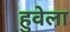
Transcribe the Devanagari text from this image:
हुवेला